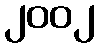
၂၀၀၂